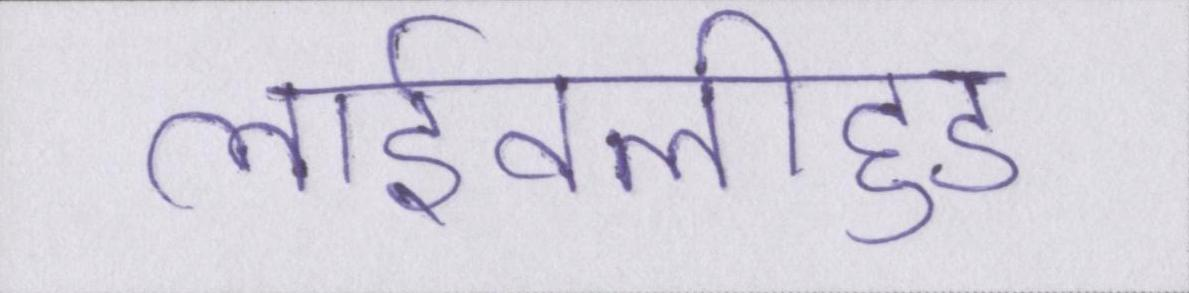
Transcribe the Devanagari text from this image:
लाईवलीहुड